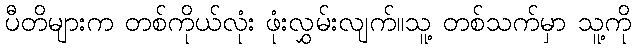
ပီတိများက တစ်ကိုယ်လုံး ဖုံးလွှမ်းလျက်။သူ့ တစ်သက်မှာ သူ့ကို